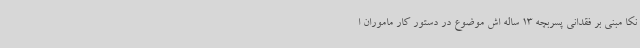
نکا مبنی بر فقدانی پسربچه 13 ساله اش موضوع در دستور کار ماموران ا